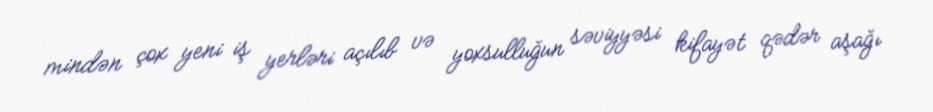
mindən çox yeni iş yerləri açılıb və yoxsulluğun səviyyəsi kifayət qədər aşağı